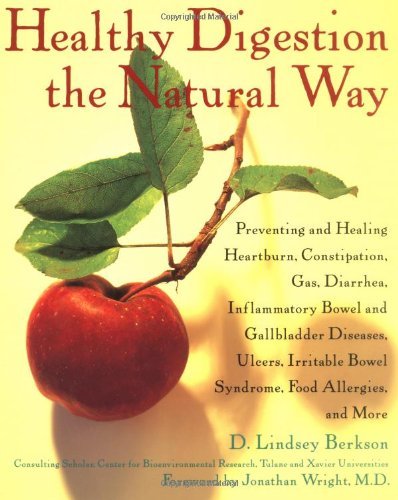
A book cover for Healthy Digestion the Natural Way: Preventing and Healing Heartburn, Constipation, Gas, Diarrhea, Inflammatory Bowel and Gallbladder Diseases, Ulcers, Irritable Bowel Syndrome, and More [Paperback] [2000] (Author) D. Lindsey Berkson; Health, Fitness & Dieting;